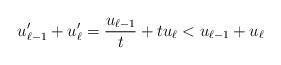
LaTeX: \begin{align*}u'_{\ell-1} + u'_{\ell} = \frac{u_{\ell-1}}{t} + t u_{\ell} < u_{\ell-1} + u_{\ell} \end{align*}